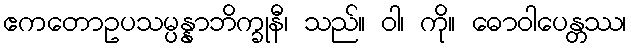
ဧကတောဥပသမ္ပန္နာဘိက္ခုနီ၊ သည်။ ဝါ၊ ကို။ ဓောဝါပေန္တဿ၊